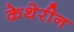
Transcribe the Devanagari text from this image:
केथेरीन